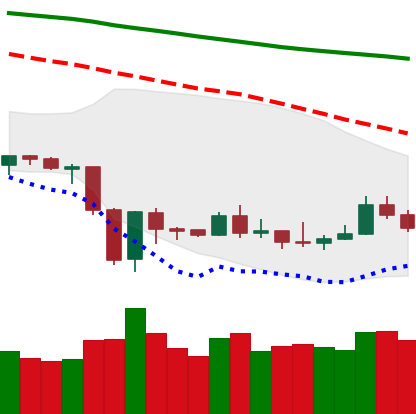
Ticker: ETH-USD
Chart end date: 2019-12-31
Forward return: 5.143%
Label: up_5_7